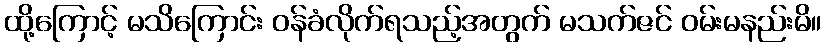
ထို့ကြောင့် မသိကြောင်း ဝန်ခံလိုက်ရသည့်အတွက် မသက်ဇင် ဝမ်းမနည်းမိ။